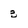
Character: 3